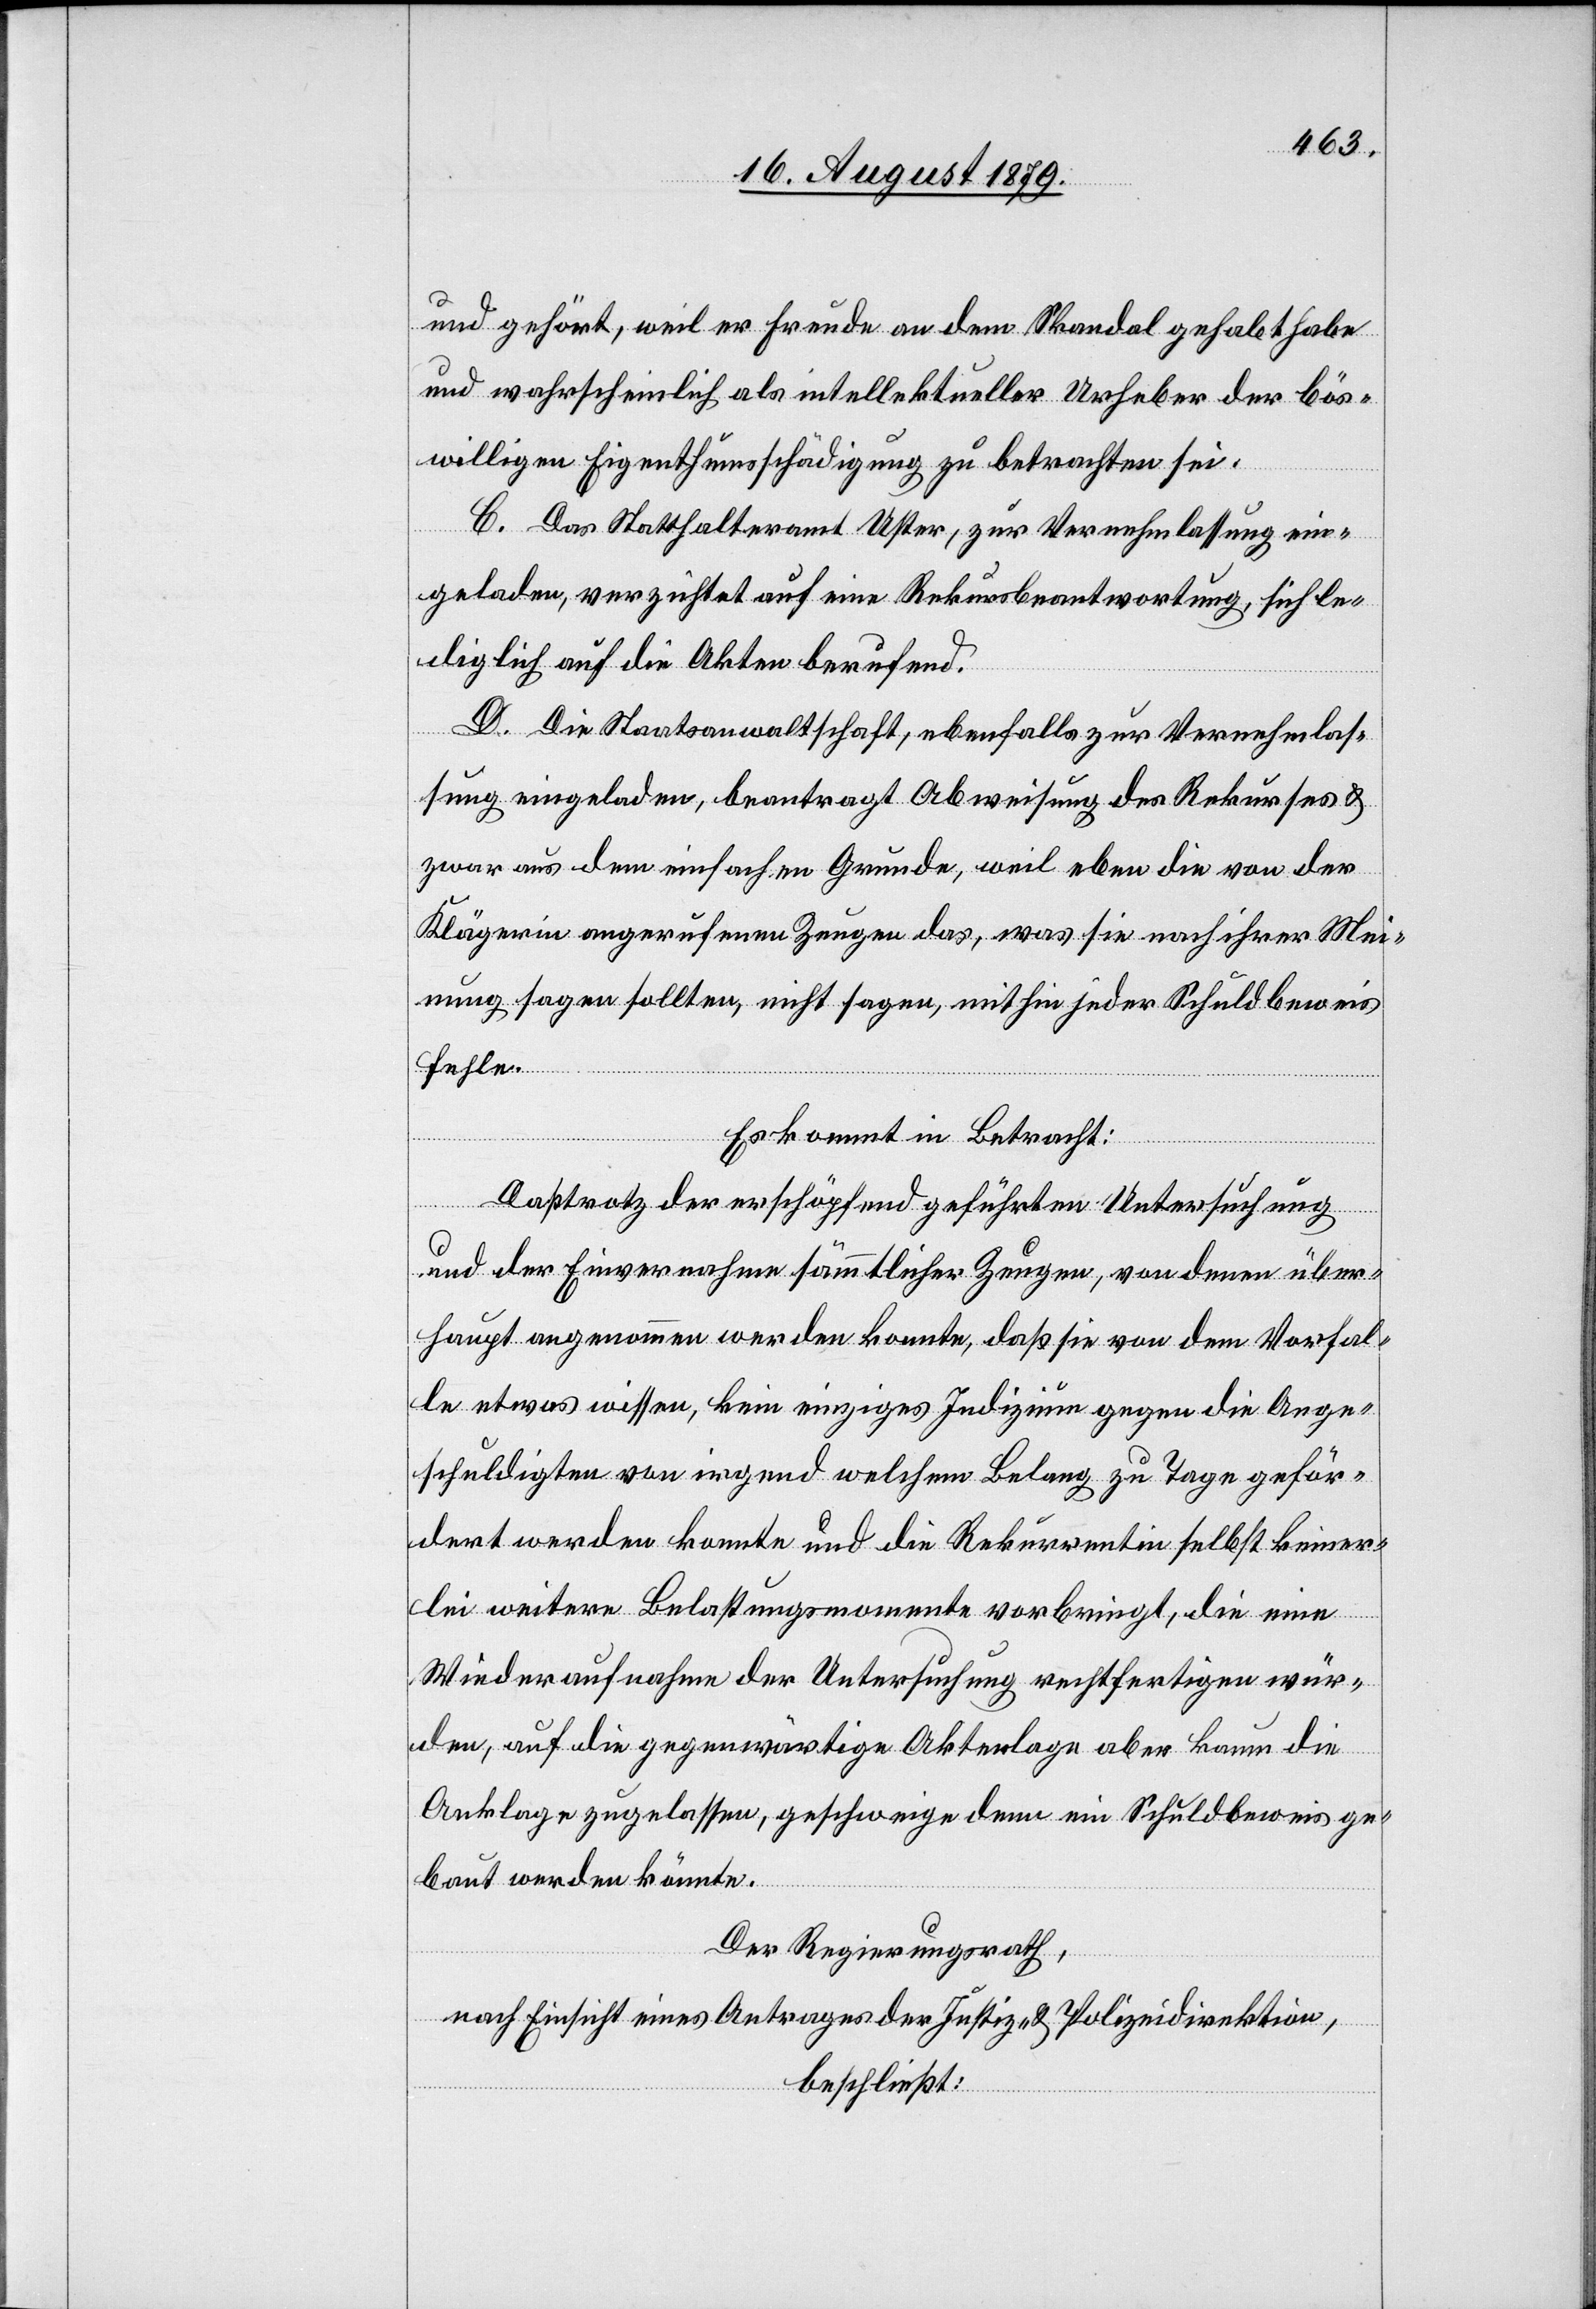
und gehört, weil er Freude an dem Skandal gehabt habe
und wahrscheinlich als intellektueller Urheber der bös¬
willigen Eigenthumsschädigung zu betrachten sei.
C. Das Statthalteramt Uster, zur Vernehmlassung ein¬
geladen, verzichtet auf eine Rekursbeantwortung, sich le¬
diglich auf die Akten berufend.
D. Die Staatsanwaltschaft, ebenfalls zur Vernehmlas¬
sung eingeladen, beantragt Abweisung des Rekurses &
zwar aus dem einfachen Grunde, weil eben die von der
Klägerin angerufenen Zeugen das, was sie nach ihrer Mei¬
nung sagen sollten, nicht sagen, mithin jeder Schuldbeweis
fehle.
Es kommt in Betracht:
Daß trotz der erschöpfend geführten Untersuchung
und der Einvernahmen sämmtlicher zeugen, von denen über¬
haupt angenommen werden konnte, daß sie von dem Vorfal¬
le etwas wissen, kein einziges Indizium gegen die Ange¬
schuldigten von irgend welchem Belang zu Tage geför¬
dert werden konnte und die Rekurrentin selbst keiner¬
lei weitere Belastungsmomente vorbringt, die eine
Wiederaufnahme der Untersuchung rechtfertigen wür¬
den, auf die gegenwärtige Aktenlage aber kaum die
Anklage zugelassen, geschweige denn ein Schuldbeweis ge¬
baut werden könnte.
Der Regierungsrath,
nach Einsicht eines Antrages der Justiz- & Polizeidirektion,
beschließt: